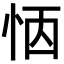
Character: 𢙖